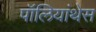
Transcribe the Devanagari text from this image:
पॉलियांथेस